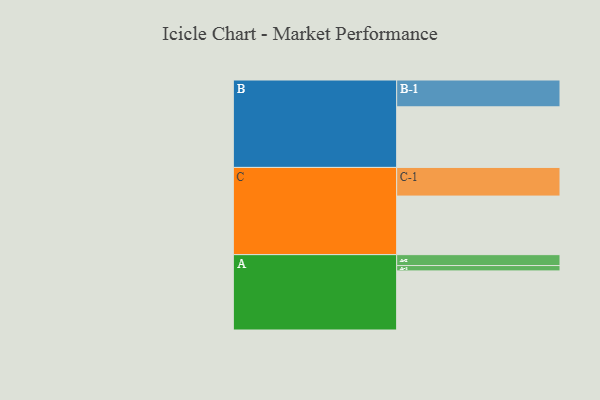
{"axis": {"x": "Segment", "y": "Value"}, "legend": ["", "A", "B", "C"], "data": [{"x": "A", "y": 553, "type": ""}, {"x": "B", "y": 567, "type": ""}, {"x": "C", "y": 548, "type": ""}, {"x": "A-1", "y": 50, "type": "A"}, {"x": "A-2", "y": 102, "type": "A"}, {"x": "B-1", "y": 251, "type": "B"}, {"x": "C-1", "y": 268, "type": "C"}]}